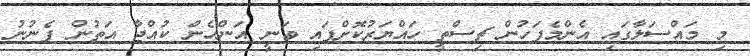
މި މައްސަލާގައި އެންމެފަހުން ޗިސްތީ ހައްޔަރުކޮށްފައި ވަނީ އަންހެން ކުއްޖާ އަތުން ފެނުނު